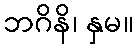
ဘဂိနိ၊ နှမ။